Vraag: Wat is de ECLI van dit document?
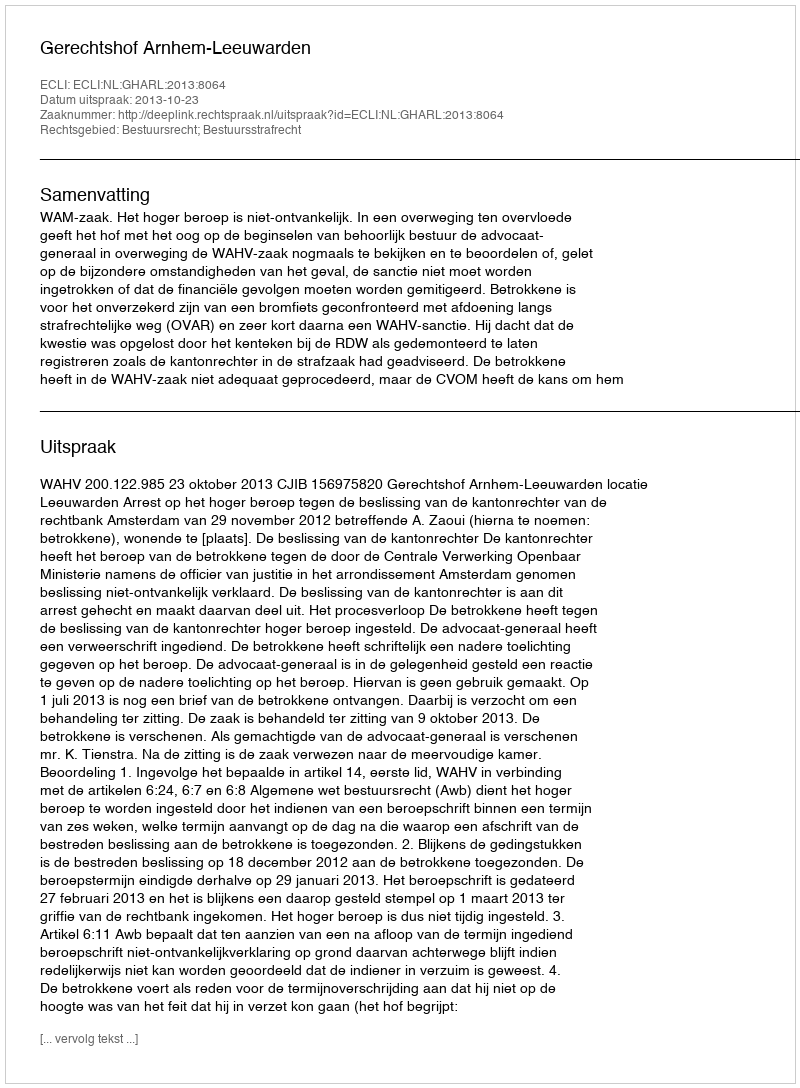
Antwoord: ECLI:NL:GHARL:2013:8064